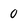
Character: 0